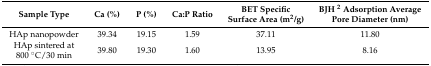
<table><thead><tr><td><b>Sample Type</b></td><td><b>Ca (%)</b></td><td><b>P (%)</b></td><td><b>Ca:P Ratio</b></td><td><b>BET Specific Surface Area (m<sup>2</sup>/g)</b></td><td><b>BJH <sup>2</sup> Adsorption Average Pore Diameter (nm)</b></td></tr></thead><tbody><tr><td>HAp nanopowder</td><td>39.34</td><td>19.15</td><td>1.59</td><td>37.11</td><td>11.80</td></tr><tr><td>HAp sintered at 800 °C/30 min</td><td>39.80</td><td>19.30</td><td>1.60</td><td>13.95</td><td>8.16</td></tr></tbody></table>